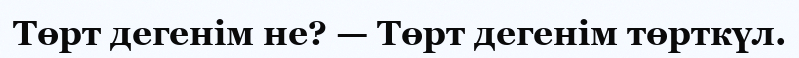
Төрт дегенім не? — Төрт дегенім төрткүл.